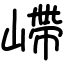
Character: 嵽